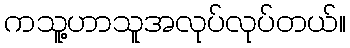
ကသူ့ဟာသူအလုပ်လုပ်တယ်။